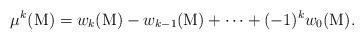
LaTeX: \begin{align*}\mu^k(\mathrm{M})=w_k(\mathrm{M})-w_{k-1}(\mathrm{M})+\cdots+(-1)^k w_0(\mathrm{M}).\end{align*}